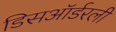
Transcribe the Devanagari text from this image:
डिसऑर्डरली